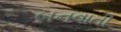
બનવાતી